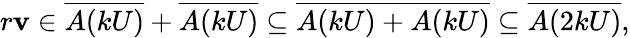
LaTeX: r\mathbf{v}\in{\overline{{{A(kU)}}}}+{\overline{{{A(kU)}}}}\subseteq{\overline{{{A(kU)+A(kU)}}}}\subseteq{\overline{{{A(2kU)}}}},